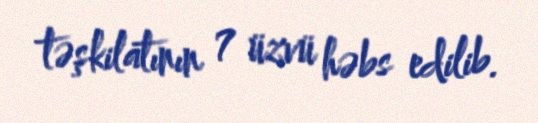
təşkilatının 7 üzvü həbs edilib.